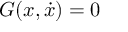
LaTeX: G ( x , { \dot { x } } ) = 0